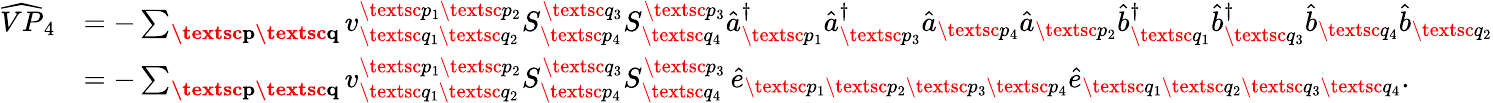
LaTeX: \begin{array}{rl}{\widehat{VP}_{4}}&{=-\sum_{\textbf{\textsc{p}}\textbf{\textsc{q}}}{v}_{\textsc{q}_{1}\textsc{q}_{2}}^{\textsc{p}_{1}\textsc{p}_{2}}S_{\textsc{p}_{4}}^{\textsc{q}_{3}}S_{\textsc{q}_{4}}^{\textsc{p}_{3}}\hat{a}_{\textsc{p}_{1}}^{\dagger}\hat{a}_{\textsc{p}_{3}}^{\dagger}\hat{a}_{\textsc{p}_{4}}\hat{a}_{\textsc{p}_{2}}\hat{b}_{\textsc{q}_{1}}^{\dagger}\hat{b}_{\textsc{q}_{3}}^{\dagger}\hat{b}_{\textsc{q}_{4}}\hat{b}_{\textsc{q}_{2}}}\\ &{=-\sum_{\textbf{\textsc{p}}\textbf{\textsc{q}}}{v}_{\textsc{q}_{1}\textsc{q}_{2}}^{\textsc{p}_{1}\textsc{p}_{2}}S_{\textsc{p}_{4}}^{\textsc{q}_{3}}S_{\textsc{q}_{4}}^{\textsc{p}_{3}}\, \hat{e}_{\textsc{p}_{1}\textsc{p}_{2}\textsc{p}_{3}\textsc{p}_{4}}\hat{e}_{\textsc{q}_{1}\textsc{q}_{2}\textsc{q}_{3}\textsc{q}_{4}}.}\end{array}